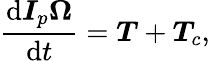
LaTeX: \frac{\mathrm{d}\boldsymbol{I}_{p}\boldsymbol{\Omega}}{\mathrm{d}t}=\boldsymbol{T}+\boldsymbol{T}_{c},